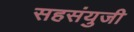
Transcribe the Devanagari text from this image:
सहसंयुजी